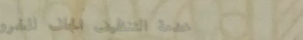
خدمة التنظيف الجاف للمفرو